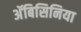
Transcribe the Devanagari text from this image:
अॅबिसिनिया